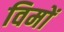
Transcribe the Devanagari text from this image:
विमों